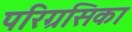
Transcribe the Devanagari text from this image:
परिग्रसिका